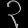
Digit: ၃